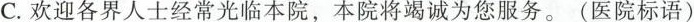
C.欢迎各界人士经常光临本院，本院将竭诚为您服务。(医院标语)